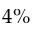
4 \%